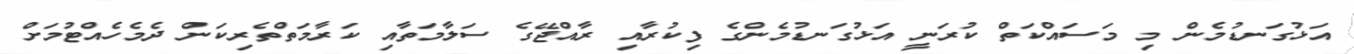
އަޅުގަނޑުމެން މި މަސައްކަތް ކުރަނީ އަޅުގަނޑުމެންގެ ފިކުރާއި ރާއްޖޭގެ ސަލާމަތާއި ކަރާމަތްތެރިކަން ދެމެހެއްޓުމަށް